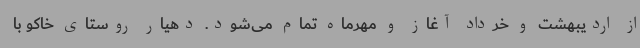
از اردیبهشت و خرداد آغاز و مهرماه تمام می‌شود. دهیار روستای خاکو با